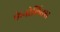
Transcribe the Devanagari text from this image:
फेनोलिक्स